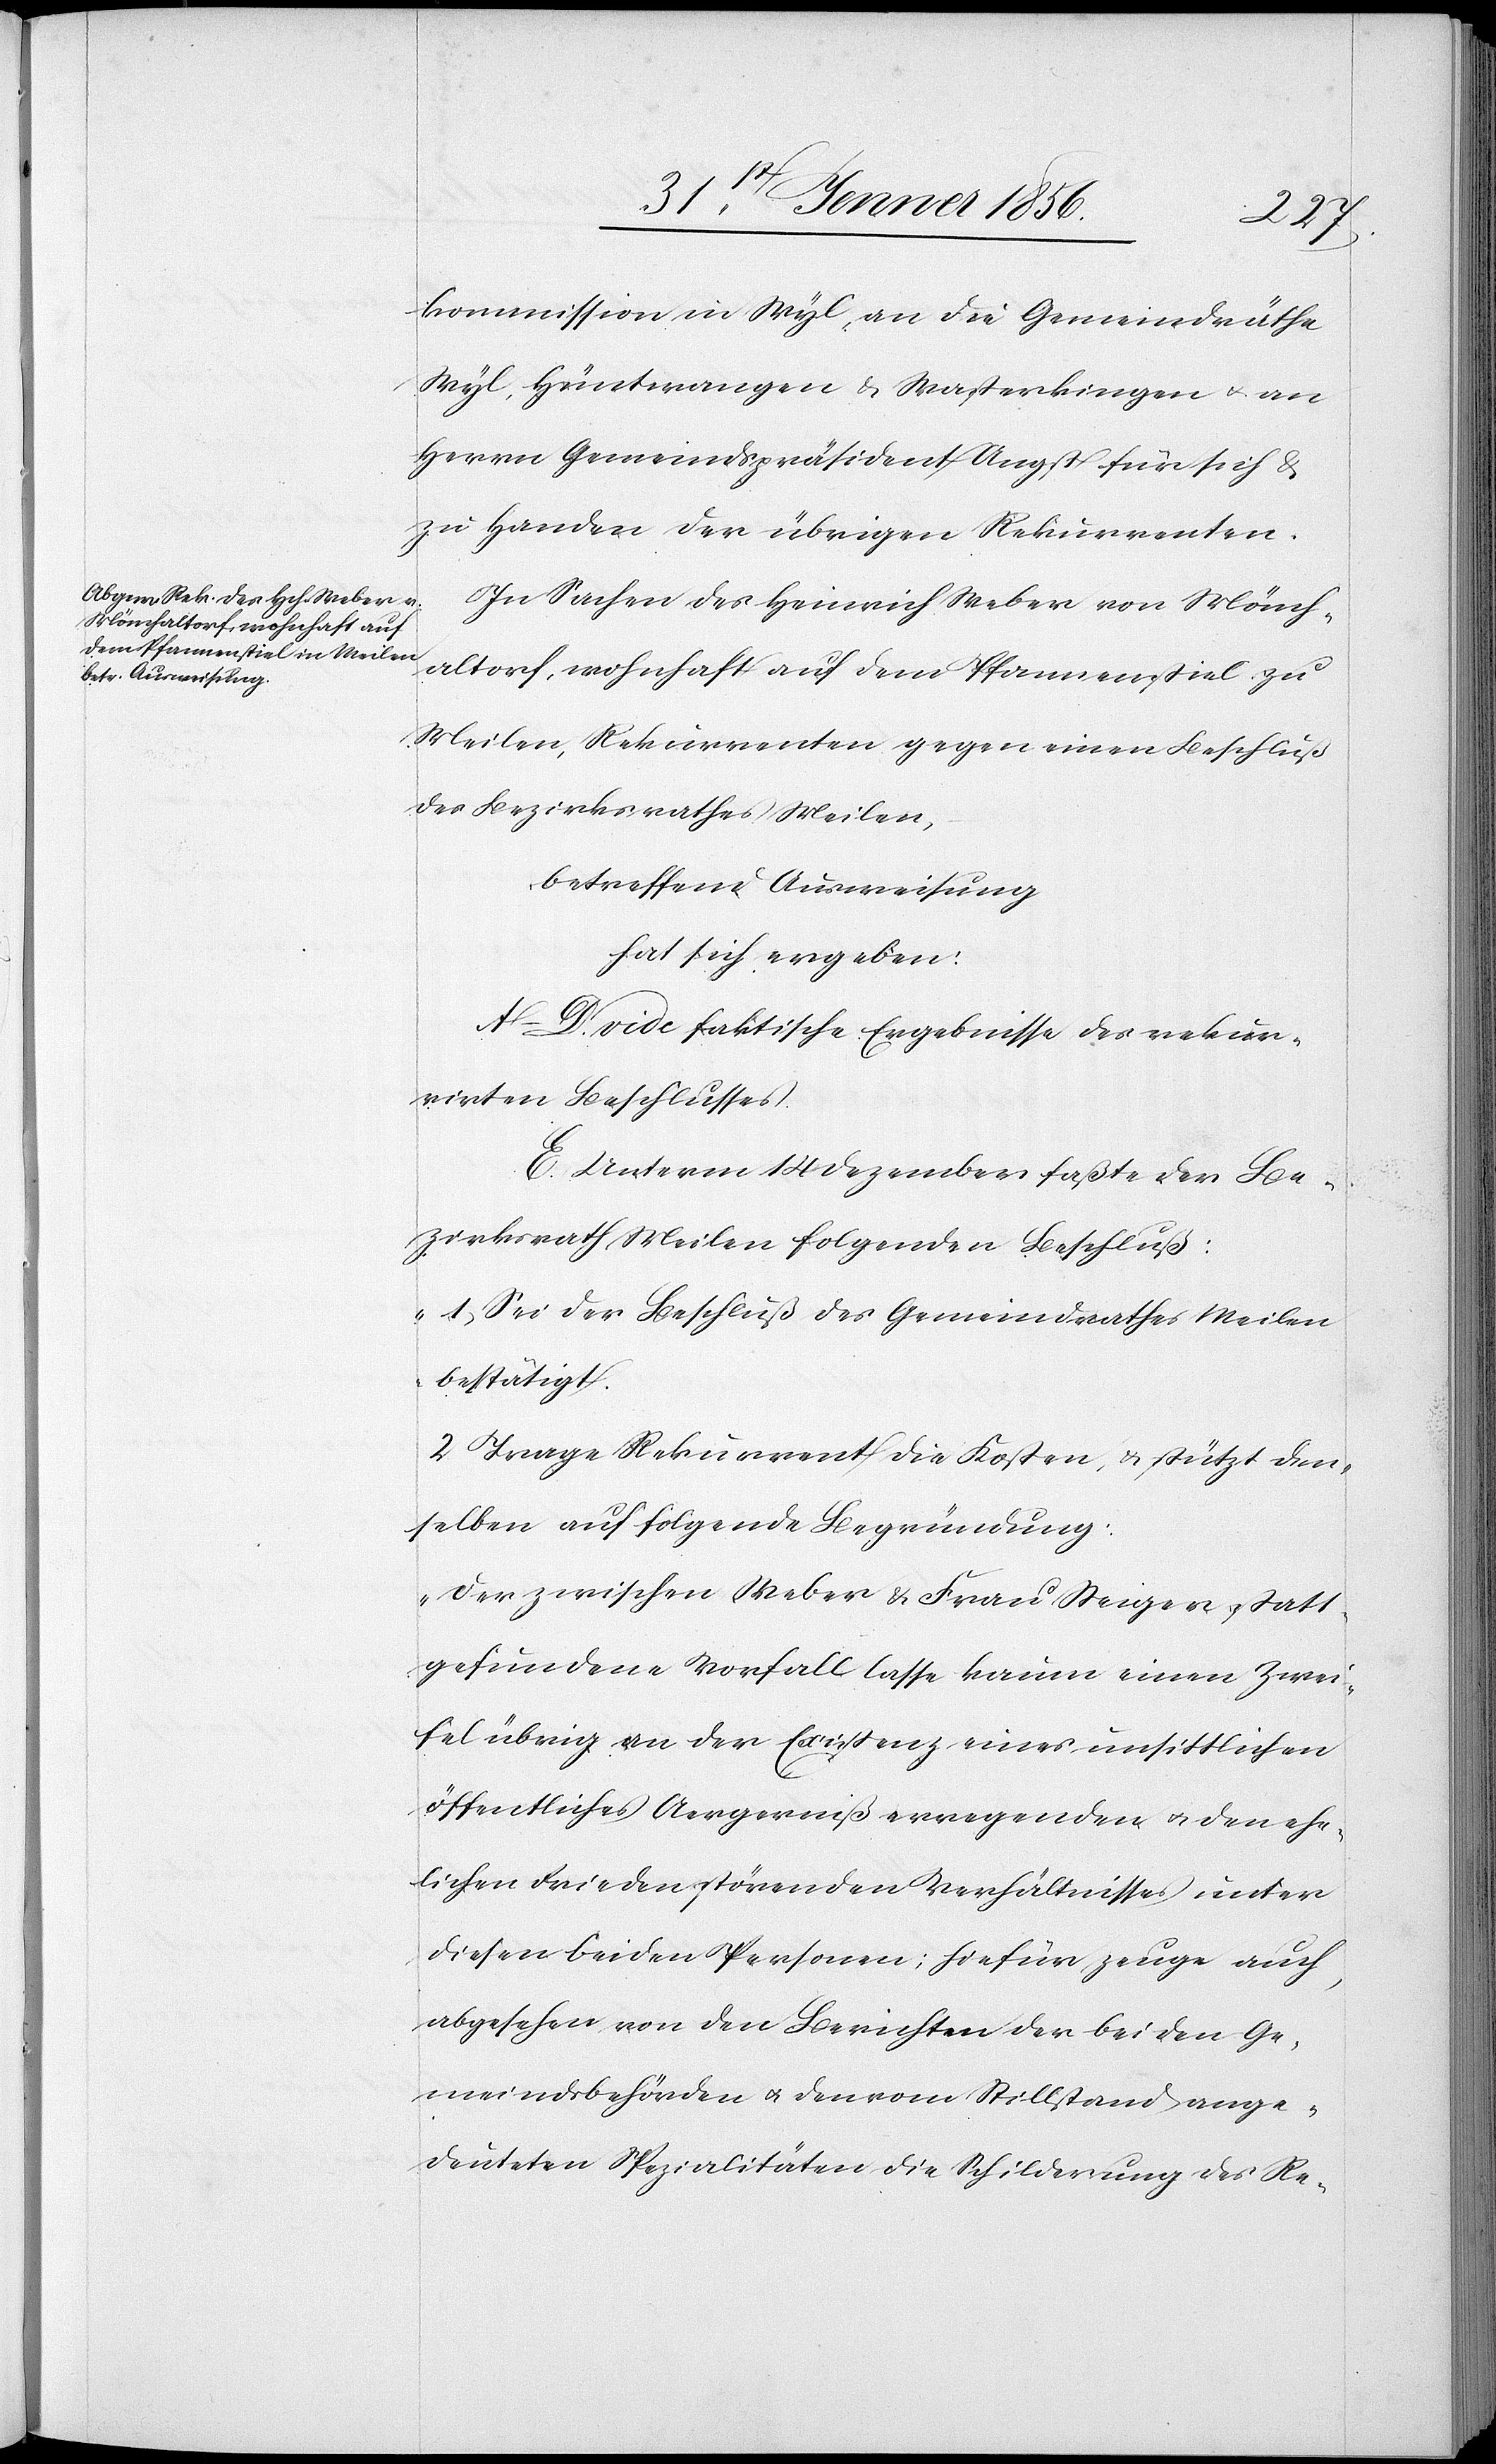
kommission in Wyl, an die Gemeindräthe
Wyl, Hüntwangen & Wasterkingen u. an
Herrn Gemeindspräsident Angst für sich &
zu Handen der übrigen Rekurrenten.
In Sachen des Heinrich Weber von Mönch¬
altorf, wohnhaft auf dem Pfannenstiel zu
Meilen, Rekurrenten gegen einen Beschluß
des Bezirksrathes Meilen,
betreffend Ausweisung
hat sich ergeben:
A–D. vide faktische Ergebnisse des rekur¬
rirten Beschlusses.
E. Unterm 14 Dezember faßte der Be¬
zirksrath Meilen folgenden Beschluß:
„1. Sei der Beschluß des Gemeindrathes Meilen
bestätigt.
2[.] Trage Rekurrent die Kosten, u. stützt den¬
selben auf folgende Begründung:
Der zwischen Weber & Frau Steiger statt¬
gefundene Vorfall lasse kaum einen Zwei¬
fel übrig an der Existenz eines unsittlichen
öffentliches Aergerniß erregenden u. den ehe¬
lichen Frieden störenden Verhältnisses unter
diesen beiden Personen; hiefür zeuge auch,
abgesehen von den Berichten der beiden Ge¬
meindsbehörden u. den vom Stillstand ange¬
deuteten Spezialitäten die Schilderung des Re-